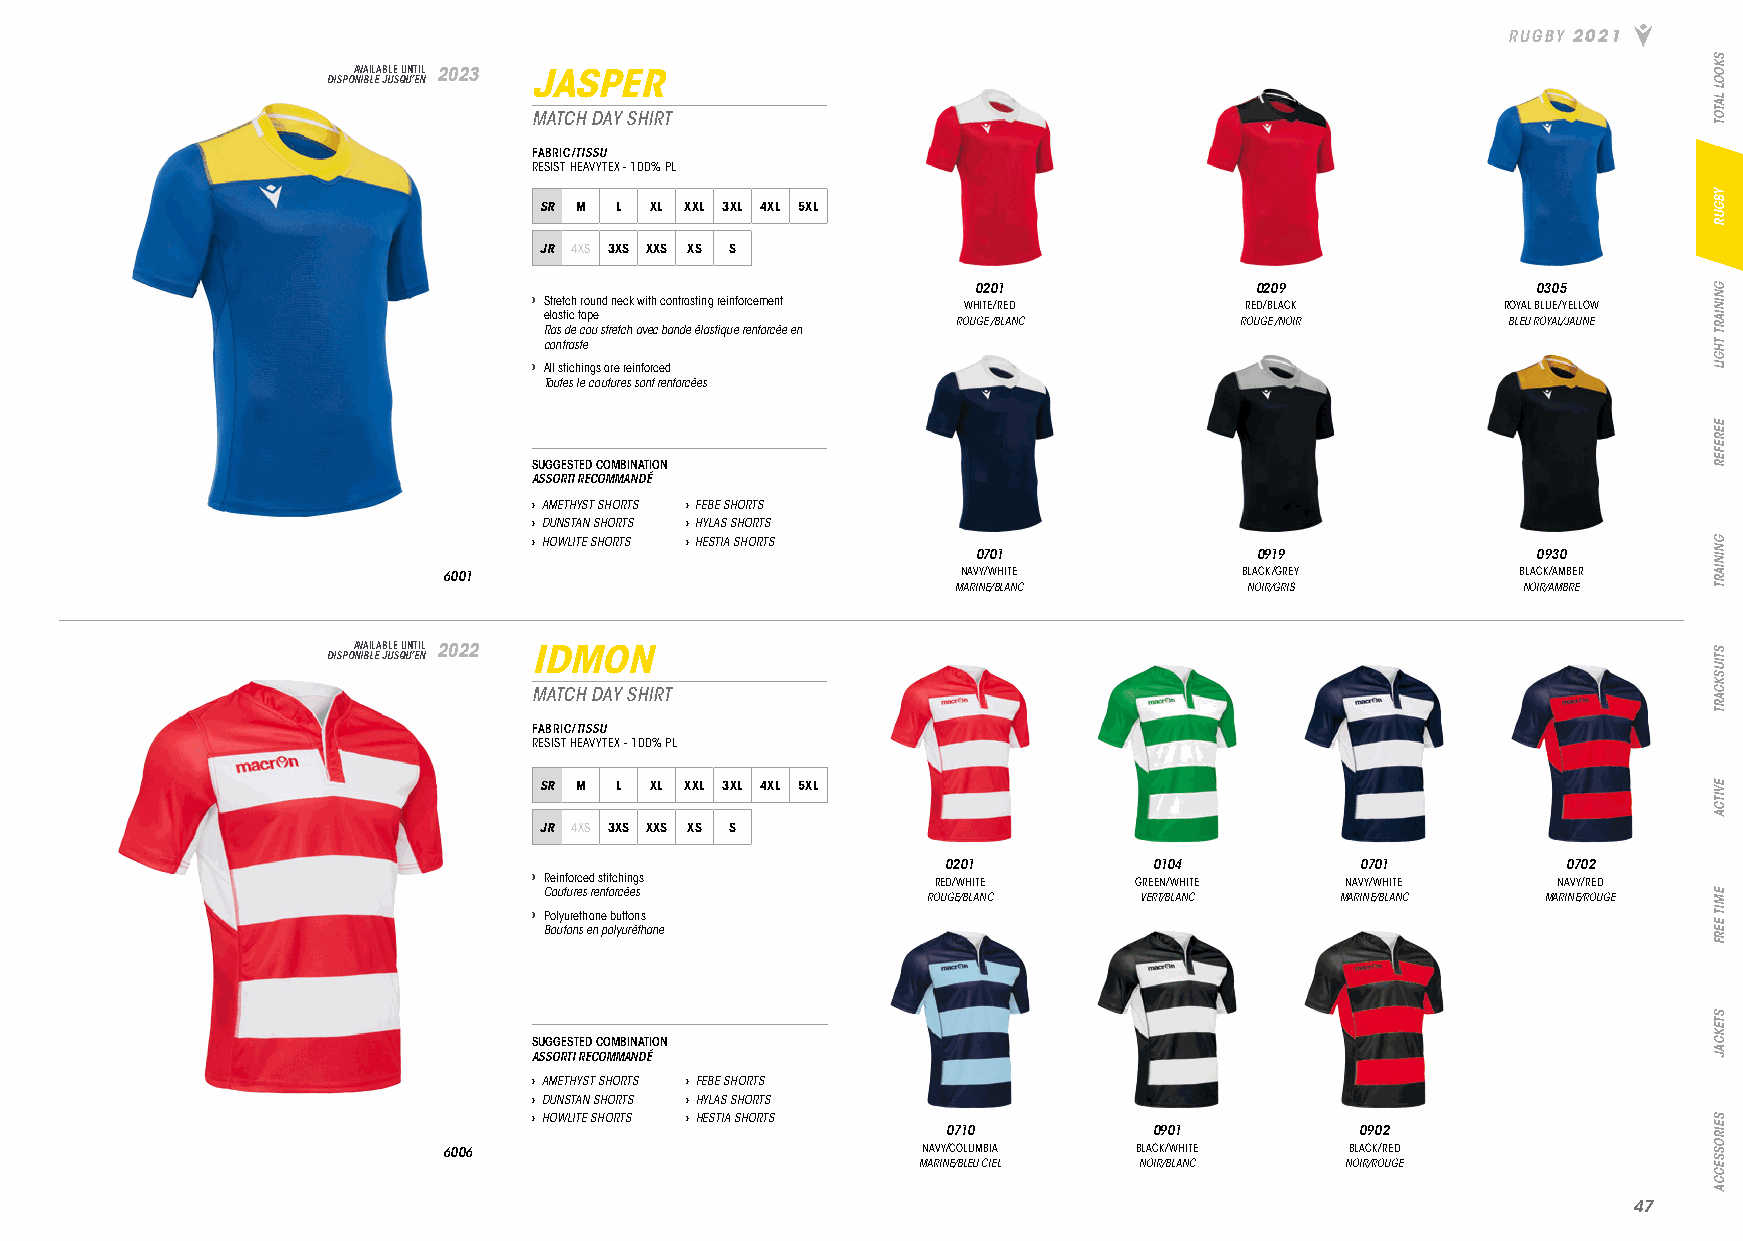
RUGBY 2021
 DISPOA NV IBA LIL EA JB ULE S QU UN ’T EI NL 2023 JASPER
 MATCH DAY SHIRT
 FABRIC/TISSU
 RESIST HEAVYTEX - 100% PL
 SR M L XL XXL 3XL 4XL 5XL
 JR 4XS 3XS XXS XS S
 0201              0209               0305
 › Stretch round neck with contrasting reinforcement WHITE/RED RED/BLACK ROYAL BLUE/YELLOW
 elastic tape
 ROUGE /BLANC       ROUGE /NOIR       BLEU ROYAL/JAUNE
 Ras de cou stretch avec bande élastique renforcée en
 contraste
 › All stichings are reinforced
 Toutes le coutures sont renforcées
 SUGGESTED COMBINATION
 ASSORTI RECOMMANDÉ
 › AMETHYST SHORTS › FEBE SHORTS
 › DUNSTAN SHORTS › HYLAS SHORTS
 › HOWLITE SHORTS › HESTIA SHORTS
 0701              0919               0930
 6001                               NAVY/WHITE        BLACK/GREY         BLACK/AMBER
 MARINE/BLANC        NOIR/GRIS         NOIR/AMBRE
 DISPOA NV IBA LIL EA JB ULE S QU UN ’T EI NL 2022 IDMON
 MATCH DAY SHIRT
 FABRIC/TISSU
 RESIST HEAVYTEX - 100% PL
 SR M L XL XXL 3XL 4XL 5XL
 JR 4XS 3XS XXS XS S
 0201         0104          0701          0702
 › Reinforced stitchings    RED/WHITE    GREEN/WHITE   NAVY/WHITE    NAVY/RED
 Coutures renforcées      ROUGE/BLANC   VERT/BLANC    MARINE/BLANC MARINE/ROUGE
 › Polyurethane buttons
 Boutons en polyuréthane
 SUGGESTED COMBINATION
 ASSORTI RECOMMANDÉ
 › AMETHYST SHORTS › FEBE SHORTS
 › DUNSTAN SHORTS › HYLAS SHORTS
 › HOWLITE SHORTS › HESTIA SHORTS
 0710         0901          0902
 6006                            NAVY/COLUMBIA BLACK/WHITE   BLACK/RED
 MARINE/BLEU CIEL NOIR/BLANC NOIR/ROUGE
 4477
 SKOOL
 LATOT
 YBGUR
 GNINIART
 THGIL
 EEREFER
 GNINIART
 STIUSKCART
 EVITCA
 EMIT
 EERF
 STEKCAJ
 SEIROSSECCA